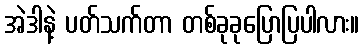
အဲဒါနဲ့ ပတ်သက်တာ တစ်ခုခုပြောပြပါလား။